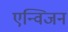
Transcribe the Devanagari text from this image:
एन्विजन